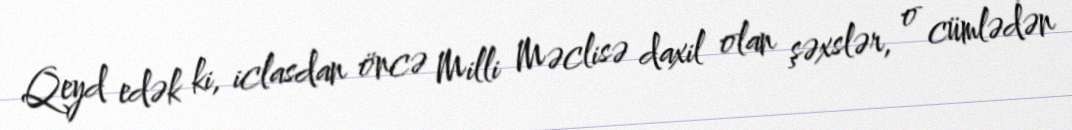
Qeyd edək ki, iclasdan öncə Milli Məclisə daxil olan şəxslər, o cümlədən